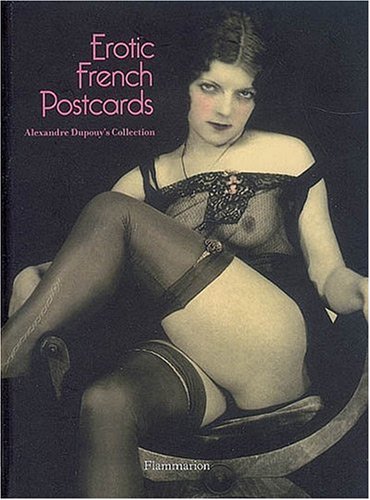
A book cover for Erotic French Postcards; Alexandre Dupouy; Crafts, Hobbies & Home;